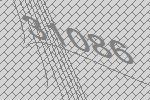
31086